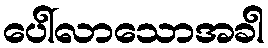
ပေါ်လာသောအခါ